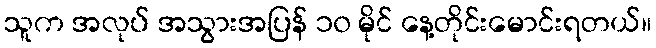
သူက အလုပ် အသွားအပြန် ၁၀ မိုင် နေ့တိုင်းမောင်းရတယ်။